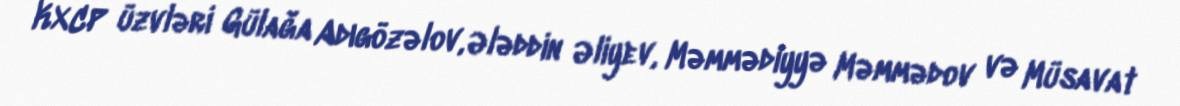
KXCP üzvləri Gülağa Adıgözəlov, Ələddin Əliyev, Məmmədiyyə Məmmədov və Müsavat